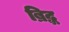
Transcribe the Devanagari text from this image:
ब्रिद्ध